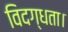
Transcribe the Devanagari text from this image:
विदग्धता।